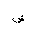
Letter: _dad